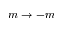
m \rightarrow - m